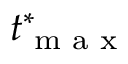
t _ { \textrm { m a x } } ^ { * }